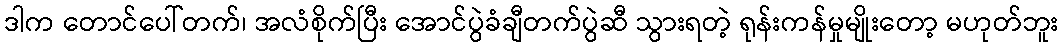
ဒါက တောင်ပေါ်တက်၊ အလံစိုက်ပြီး အောင်ပွဲခံချီတက်ပွဲဆီ သွားရတဲ့ ရုန်းကန်မှုမျိုးတော့ မဟုတ်ဘူး